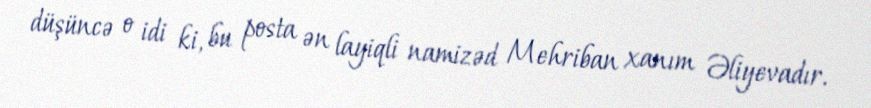
düşüncə o idi ki, bu posta ən layiqli namizəd Mehriban xanım Əliyevadır.